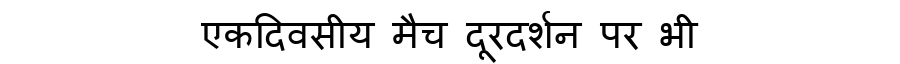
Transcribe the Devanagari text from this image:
एकदिवसीय मैच दूरदर्शन पर भी